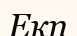
Екп